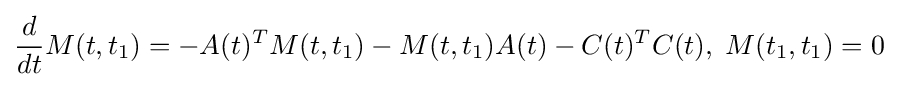
{\frac {d}{dt}}M(t,t_{1})=-A(t)^{T}M(t,t_{1})-M(t,t_{1})A(t)-C(t)^{T}C(t),\;M(t_{1},t_{1})=0